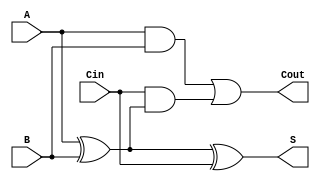
module TransmissionGateFullAdder (
    input wire A,    // First input bit
    input wire B,    // Second input bit
    input wire Cin,  // Carry input bit
    output wire S,   // Sum output bit
    output wire Cout  // Carry output bit
);

// Intermediate signals
wire AB;          // A AND B
wire A_xor_B;    // A XOR B
wire Cin_and_A_xor_B; // Cin AND (A XOR B)

// Calculate A XOR B
assign A_xor_B = A ^ B;

// Calculate Sum S = A XOR B XOR Cin
assign S = A_xor_B ^ Cin;

// Calculate Carry Cout = (A AND B) OR (Cin AND (A XOR B))
assign AB = A & B; // A AND B
assign Cin_and_A_xor_B = Cin & A_xor_B; // Cin AND (A XOR B)
assign Cout = AB | Cin_and_A_xor_B; // Combine the carry terms

endmodule